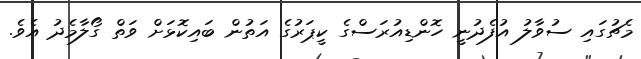
މެޗުގައި ސުވާލު އުފެދުނީ ހޮންޑިއުރަސްގެ ކީޕަރުގެ އަތުން ބައިކޮޅަށް ވަތް ގޯލާމެދު އެވެ.